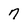
Character: 7